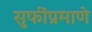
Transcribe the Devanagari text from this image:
सुफींप्रमाणे